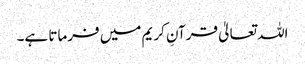
اللہ تعالیٰ قرآنِ کریم میں فرماتا ہے۔